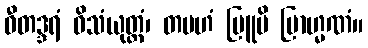
ဝီတဒ္ဒရံ ဝိသံယုတ္တံ၊ တမဟံ ဗြူမိ ဗြာဟ္မဏံ။